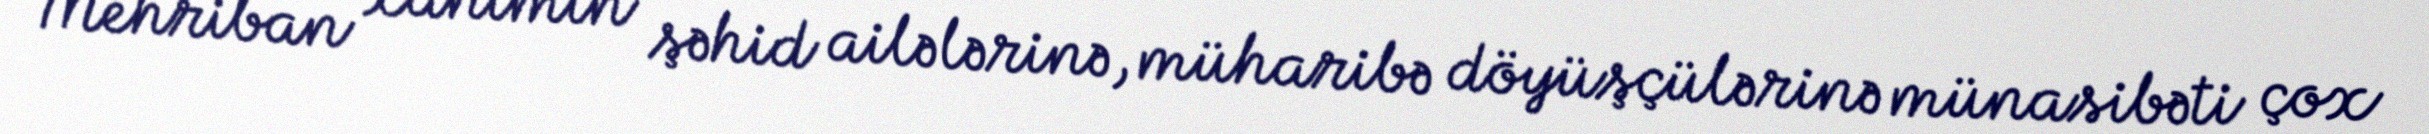
“Mehriban xanımın şəhid ailələrinə, müharibə döyüşçülərinə münasibəti çox